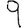
Digit: 9